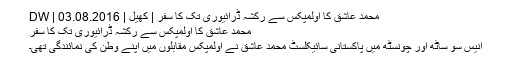
محمد عاشق کا اولمپکس سے رکشہ ڈرائیوری تک کا سفر | کھیل | DW | 03.08.2016
محمد عاشق کا اولمپکس سے رکشہ ڈرائیوری تک کا سفر
انیس سو ساٹھ اور چونسٹھ میں پاکستانی سائیکلسٹ محمد عاشق نے اولمپکس مقابلوں میں اپنے وطن کی نمائندگی تھی۔